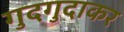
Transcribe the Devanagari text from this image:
गुदगुदाकर